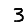
Digit: 3